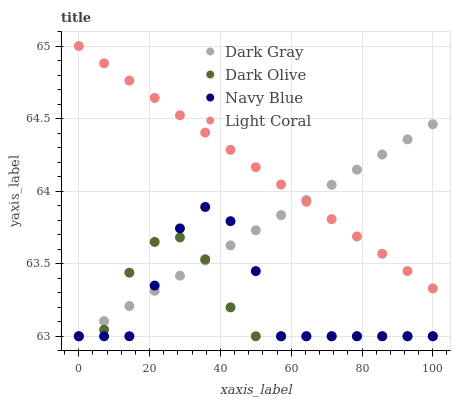
| xaxis_label | Dark Gray | Dark Olive | Navy Blue | Light Coral |
 | --- | --- | --- | --- | --- |
 | 0 | 63 | 63 | 63 | 65 |
 | 7.14 | 63.1 | 63 | 63 | 64.9 |
 | 14.3 | 63.2 | 63.4 | 63 | 64.8 |
 | 21.4 | 63.3 | 63.6 | 63.3 | 64.6 |
 | 28.6 | 63.4 | 63.7 | 63.7 | 64.5 |
 | 35.7 | 63.5 | 63.5 | 63.9 | 64.4 |
 | 42.9 | 63.6 | 63.2 | 63.8 | 64.3 |
 | 50 | 63.7 | 63 | 63.4 | 64.2 |
 | 57.1 | 63.8 | 63 | 63 | 64 |
 | 64.3 | 63.9 | 63 | 63 | 63.9 |
 | 71.4 | 64 | 63 | 63 | 63.8 |
 | 78.6 | 64.1 | 63 | 63 | 63.7 |
 | 85.7 | 64.3 | 63 | 63 | 63.6 |
 | 92.9 | 64.4 | 63 | 63 | 63.4 |
 | 100 | 64.5 | 63 | 63 | 63.3 |